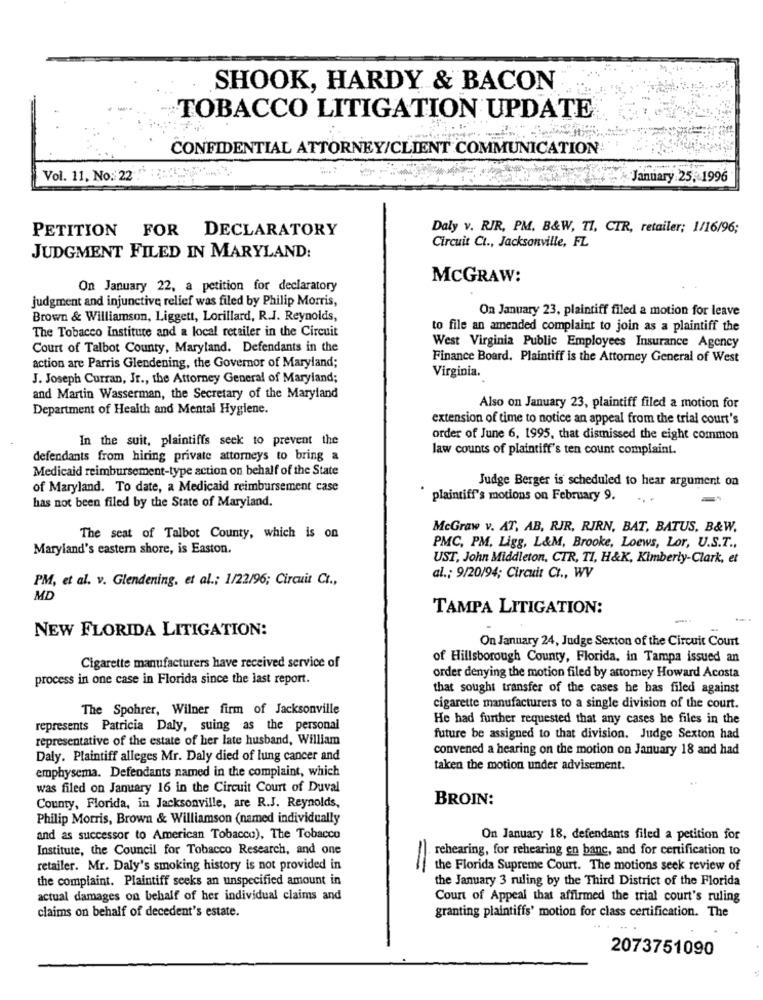
SHOOK, HARDY & BACON
TOBACCO LITIGATION UPDATE
CONFIDENTIAL ATTORNEY/CLIENT COMMUNICATION!
Vol. 11, No: 22
January 25, 1996
PETITION FOR DECLARATORY
Daly v. RIR, PM, B&W, TI, CTR, retailer; 1/16/96;
Circuit Ct ., Jacksonville, FL
JUDGMENT FILED IN MARYLAND:
MCGRAW:
On January 22, a petition for declaratory
judgment and injunctive relief was filed by Philip Morris,
On January 23, plaintiff filed a motion for leave
Brown & Williamson, Liggett, Lorillard, R.J. Reynolds,
to file an amended complaint to join as a plaintiff the
The Tobacco Institute and a local retailer in the Circuit
Court of Talbot County, Maryland. Defendants in the
West Virginia Public Employees Insurance Agency
Finance Board. Plaintiff is the Attorney General of West
action are Parris Glendening, the Governor of Maryland;
J. Joseph Curran, Jr ., the Attorney General of Maryland;
Virginia.
and Martin Wasserman, the Secretary of the Maryland
Department of Health and Mental Hygiene.
Also on January 23, plaintiff filed a motion for
extension of time to notice an appeal from the trial court's
In the suit, plaintiffs seek to prevent the
order of June 6, 1995, that dismissed the eight common
law counts of plaintiff's ten count complaint.
defendants from hiring private attorneys to bring a
Medicaid reimbursement-type action on behalf of the State
Judge Berger is scheduled to hear argument on
of Maryland. To date, a Medicaid reimbursement case
has not been filed by the State of Maryland.
plaintiff's motions on February 9.
McGraw v. AT, AB, RJR, RIRN, BAT, BATUS, B&W.
The seat of Talbot County, which is on
Maryland's eastern shore, is Easton.
PMC, PM, Ligg, L&M, Brooke, Loews, Lor, U.S.T .,
UST, John Middleton, CTR, TI, H&K, Kimberly-Clark, et
PM, et al. v. Glendening, et al .; 1/22/96; Circuit Ct .,
al .; 9/20/94; Circuit CI ., WV
MD
TAMPA LITIGATION:
NEW FLORIDA LITIGATION:
On January 24, Judge Sexton of the Circuit Court
of Hillsborough County, Florida, in Tampa issued an
Cigarette manufacturers have received service of
process in one case in Florida since the last report.
order denying the motion filed by attorney Howard Acosta
that sought transfer of the cases he bas filed against
The Spohrer, Wilner firm of Jacksonville
cigarette manufacturers to a single division of the court.
He had further requested that any cases he files in the
represents Patricia Daly, suing as the personal
representative of the estate of her late husband, William
future be assigned to that division. Judge Sexton had
convened a hearing on the motion on January 18 and had
Daly. Plaintiff alleges Mr. Daly died of lung cancer and
emphysema. Defendants named in the complaint, which
taken the motion under advisement.
was filed on January 16 in the Circuit Court of Duval
BROIN:
County, Florida, in Jacksonville, are R.J. Reynolds,
Philip Morris, Brown & Williamson (named individually
and as successor to American Tobacco), The Tobacco
On January 18, defendants filed a petition for
Institute, the Council for Tobacco Research, and one
rehearing, for rehearing en banc, and for certification to
retailer. Mr. Daly's smoking history is not provided in
==
the Florida Supreme Court. The motions seek review of
the complaint. Plaintiff seeks an unspecified amount in
the January 3 ruling by the Third District of the Florida
actual damages on behalf of her individual claims and
Court of Appeal that affirmed the trial court's ruling
claims on behalf of decedent's estate.
granting plaintiffs' motion for class certification. The
2073751090